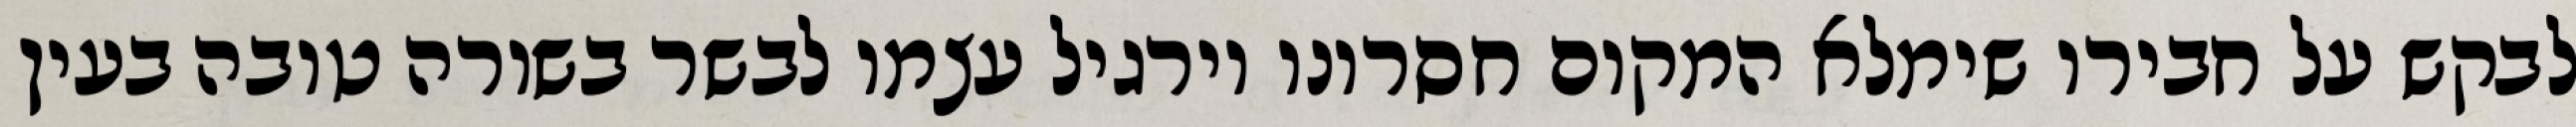
לבקש על חבירו שימלא המקום חסרונו וירגיל עצמו לבשר בשורה טובה בעין